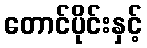
တောင်ပိုင်းနှင့်